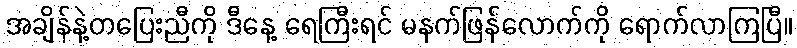
အချိန်နဲ့တပြေးညီကို ဒီနေ့ ရေကြီးရင် မနက်ဖြန်လောက်ကို ရောက်လာကြပြီ။